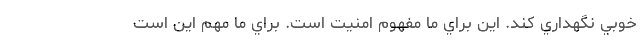
خوبي نگهداري كند. اين براي ما مفهوم امنيت است. براي ما مهم اين است